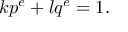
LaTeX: k p ^ { e } + l q ^ { e } = 1 .